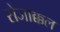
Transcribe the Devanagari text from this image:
रोजाक्कल